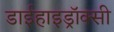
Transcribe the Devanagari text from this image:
डाईहाइड्रॉक्सी